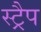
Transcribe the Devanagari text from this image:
स्ट्रैप